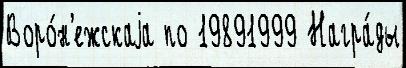
Воро́н'ежскаjа по 19891999 Награ́ды